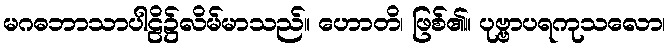
မဂဓဘာသာပါဠိ၌လိမ်မာသည်။ ဟောတိ၊ ဖြစ်၏။ ပုဗ္ဗာပရကုသလော၊